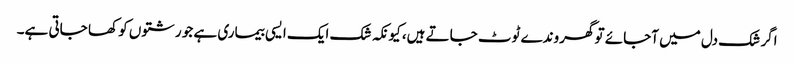
اگر شک دل میں آجائے تو گھروندے ٹوٹ جاتے ہیں، کیونکہ شک ایک ایسی بیماری ہے جو رشتوں کو کھا جاتی ہے۔